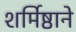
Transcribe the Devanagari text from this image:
शर्मिष्ठाने